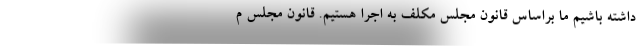
داشته باشیم ما براساس قانون مجلس مکلف به اجرا هستیم. قانون مجلس م